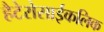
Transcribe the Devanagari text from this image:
हैटेरोसाईकलिक